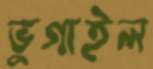
ভুগাইল